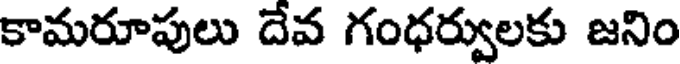
కామరూపులు దేవ గంధర్వులకు జనిం